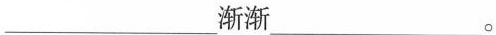
___渐渐___。